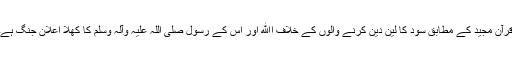
قرآن مجید کے مطابق سود کا لین دین کرنے والوں کے خلاف اﷲ اور اُس کے رسول صلی اللہ علیہ وآلہ وسلم کا کھلا اِعلانِ جنگ ہے۔